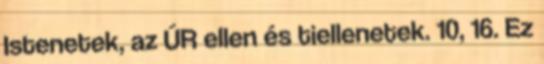
Istenetek, az ÚR ellen és tiellenetek. 10, 16. Ez